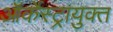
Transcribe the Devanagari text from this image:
ऑर्केस्ट्रायुक्त